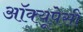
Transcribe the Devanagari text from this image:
अॉक्यूपेसी